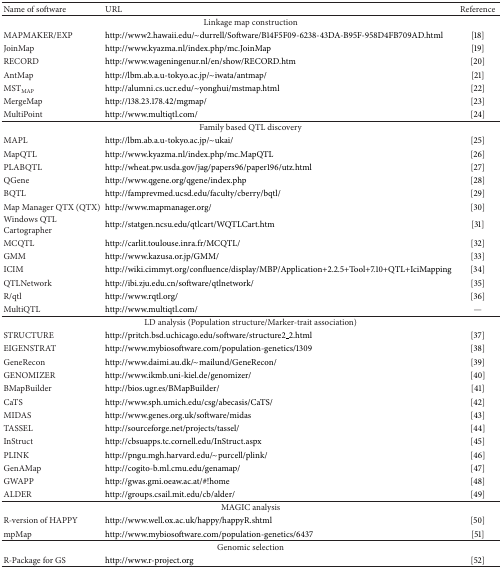
<table><thead><tr><td><b>Name of software</b></td><td><b>URL</b></td><td><b>Reference</b></td></tr></thead><tbody><tr><td colspan="3">Linkage map construction</td></tr><tr><td>MAPMAKER/EXP</td><td>http://www2.hawaii.edu/~durrell/Software/B14F5F09-6238-43DA-B95F-958D4FB709AD.html</td><td>[18]</td></tr><tr><td>JoinMap </td><td>http://www.kyazma.nl/index.php/mc.JoinMap</td><td>[19]</td></tr><tr><td>RECORD </td><td>http://www.wageningenur.nl/en/show/RECORD.htm</td><td>[20]</td></tr><tr><td>AntMap</td><td>http://lbm.ab.a.u-tokyo.ac.jp/~iwata/antmap/</td><td>[21]</td></tr><tr><td>MST<sub>MAP </sub></td><td>http://alumni.cs.ucr.edu/~yonghui/mstmap.html</td><td>[22]</td></tr><tr><td>MergeMap</td><td>http://138.23.178.42/mgmap/</td><td>[23]</td></tr><tr><td>MultiPoint </td><td>http://www.multiqtl.com/</td><td>[24]</td></tr><tr><td colspan="3">Family based QTL discovery</td></tr><tr><td>MAPL </td><td>http://lbm.ab.a.u-tokyo.ac.jp/~ukai/</td><td>[25]</td></tr><tr><td>MapQTL</td><td>http://www.kyazma.nl/index.php/mc.MapQTL</td><td>[26]</td></tr><tr><td>PLABQTL</td><td>http://wheat.pw.usda.gov/jag/papers96/paper196/utz.html</td><td>[27]</td></tr><tr><td>QGene</td><td>http://www.qgene.org/qgene/index.php</td><td>[28]</td></tr><tr><td>BQTL </td><td>http://famprevmed.ucsd.edu/faculty/cberry/bqtl/</td><td>[29]</td></tr><tr><td>Map Manager QTX (QTX)</td><td>http://www.mapmanager.org/</td><td>[30]</td></tr><tr><td>Windows QTL Cartographer</td><td>http://statgen.ncsu.edu/qtlcart/WQTLCart.htm</td><td>[31]</td></tr><tr><td>MCQTL</td><td>http://carlit.toulouse.inra.fr/MCQTL/</td><td>[32]</td></tr><tr><td>GMM</td><td>http://www.kazusa.or.jp/GMM/</td><td>[33]</td></tr><tr><td>ICIM</td><td>http://wiki.cimmyt.org/confluence/display/MBP/Application+2.2.5+Tool+7.10+QTL+IciMapping</td><td>[34]</td></tr><tr><td>QTLNetwork</td><td>http://ibi.zju.edu.cn/software/qtlnetwork/</td><td>[35]</td></tr><tr><td>R/qtl</td><td>http://www.rqtl.org/</td><td>[36]</td></tr><tr><td>MultiQTL</td><td>http://www.multiqtl.com/</td><td>—</td></tr><tr><td colspan="3">LD analysis (Population structure/Marker-trait association)</td></tr><tr><td>STRUCTURE</td><td>http://pritch.bsd.uchicago.edu/software/structure2_2.html</td><td>[37]</td></tr><tr><td>EIGENSTRAT</td><td>http://www.mybiosoftware.com/population-genetics/1309</td><td>[38]</td></tr><tr><td>GeneRecon</td><td>http://www.daimi.au.dk/~mailund/GeneRecon/</td><td>[39]</td></tr><tr><td>GENOMIZER</td><td>http://www.ikmb.uni-kiel.de/genomizer/</td><td>[40]</td></tr><tr><td>BMapBuilder</td><td>http://bios.ugr.es/BMapBuilder/</td><td>[41]</td></tr><tr><td>CaTS</td><td>http://www.sph.umich.edu/csg/abecasis/CaTS/</td><td>[42]</td></tr><tr><td>MIDAS</td><td>http://www.genes.org.uk/software/midas</td><td>[43]</td></tr><tr><td>TASSEL</td><td>http://sourceforge.net/projects/tassel/</td><td>[44]</td></tr><tr><td>InStruct</td><td>http://cbsuapps.tc.cornell.edu/InStruct.aspx</td><td>[45]</td></tr><tr><td>PLINK</td><td>http://pngu.mgh.harvard.edu/~purcell/plink/</td><td>[46]</td></tr><tr><td>GenAMap</td><td>http://cogito-b.ml.cmu.edu/genamap/</td><td>[47]</td></tr><tr><td>GWAPP</td><td>http://gwas.gmi.oeaw.ac.at/#!home</td><td>[48]</td></tr><tr><td>ALDER</td><td>http://groups.csail.mit.edu/cb/alder/</td><td>[49]</td></tr><tr><td colspan="3">MAGIC analysis</td></tr><tr><td>R-version of HAPPY </td><td>http://www.well.ox.ac.uk/happy/happyR.shtml</td><td>[50]</td></tr><tr><td>mpMap</td><td>http://www.mybiosoftware.com/population-genetics/6437</td><td>[51]</td></tr><tr><td colspan="3">Genomic selection</td></tr><tr><td>R-Package for GS</td><td>http://www.r-project.org</td><td>[52]</td></tr></tbody></table>